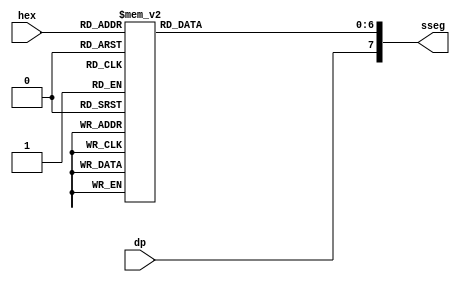
module hex_to_sseg(
    input wire[3:0] hex,
    output reg[7:0] sseg, // led order: dp, a, b, c, d, e, f, g
	 input dp
	 );
	 
	 always @*
	 begin
		case(hex)
			4'h0: sseg[6:0] = 7'b0000001;
			4'h1: sseg[6:0] = 7'b1001111;
			4'h2: sseg[6:0] = 7'b0010010;
			4'h3: sseg[6:0] = 7'b0000110;
			4'h4: sseg[6:0] = 7'b1001100;
			4'h5: sseg[6:0] = 7'b0100100;
			4'h6: sseg[6:0] = 7'b0100000;
			4'h7: sseg[6:0] = 7'b0001111;
			4'h8: sseg[6:0] = 7'b0000000;
			4'h9: sseg[6:0] = 7'b0000100;
			4'ha: sseg[6:0] = 7'b0000010;
			4'hb: sseg[6:0] = 7'b1100000;
			4'hc: sseg[6:0] = 7'b0110001;
			4'hd: sseg[6:0] = 7'b1000010;
			4'he: sseg[6:0] = 7'b0010000;
			4'hf: sseg[6:0] = 7'b0111000;
			default: sseg[6:0] = 7'b111111; 
	 endcase
	 sseg[7] = dp;
	 end
	 
endmodule